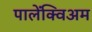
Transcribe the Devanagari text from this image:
पालेंक्विअम